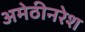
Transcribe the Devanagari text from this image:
अमेठीनरेश